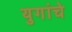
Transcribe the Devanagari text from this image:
युगांचे